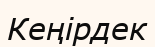
Кеңірдек